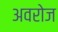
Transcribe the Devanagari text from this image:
अवरोज